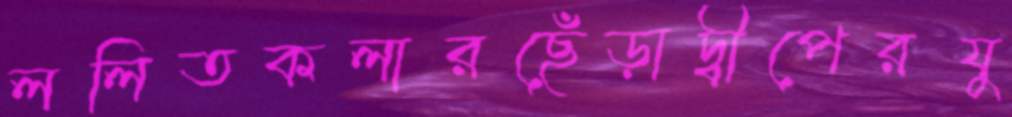
ললিতকলারছেঁড়াদ্বীপেরযু